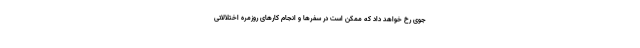
جوی رخ خواهد داد که ممکن است در سفرها و انجام کارهای روزمره اختلالاتی